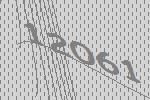
12061